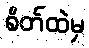
စိတ်ထဲမှ